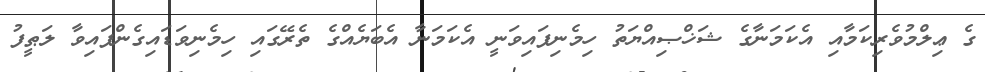
ގެ ޢިލްމުވެރިކަމާއި އެކަމަނާގެ ޝަޚްޞިއްޔަތު ހިމެނިފައިވަނީ އެކަމަނާ އެބަޔެއްގެ ތެރޭގައި ހިމެނިވަޑައިގެންފައިވާ ލަޠީފު